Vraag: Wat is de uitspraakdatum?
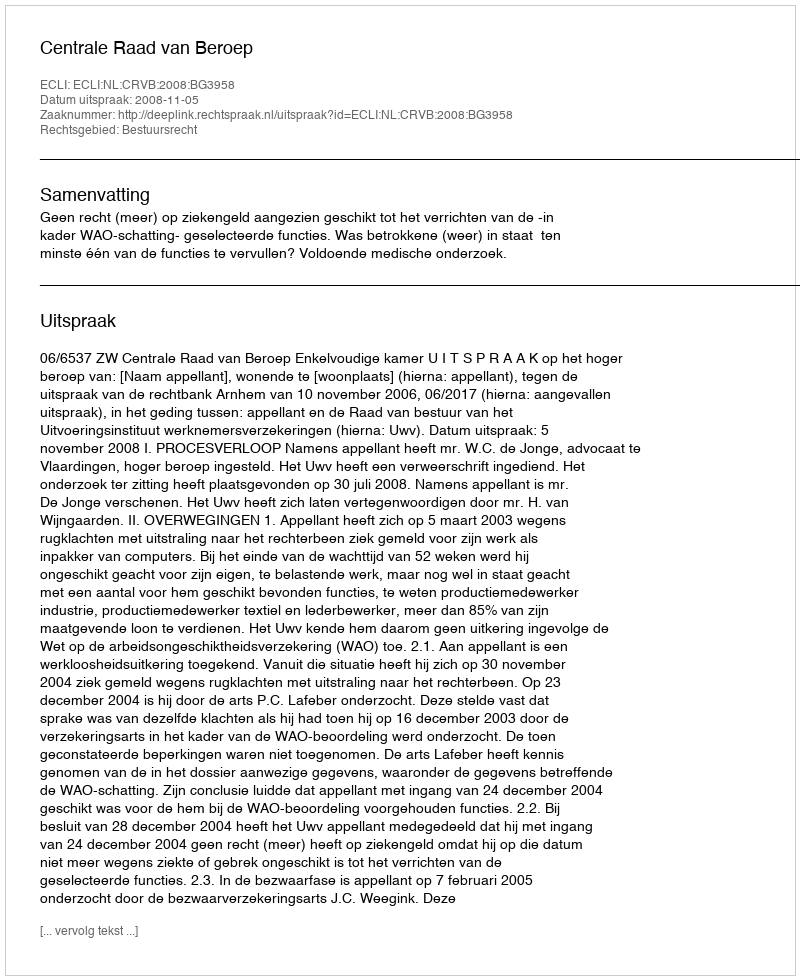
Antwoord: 2008-11-05